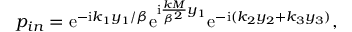
p _ { i n } = \mathrm { e } ^ { - \mathrm { i } k _ { 1 } y _ { 1 } / \beta } \mathrm { e } ^ { \mathrm { i } \frac { k M } { \beta ^ { 2 } } y _ { 1 } } \mathrm { e } ^ { - \mathrm { i } ( k _ { 2 } y _ { 2 } + k _ { 3 } y _ { 3 } ) } ,